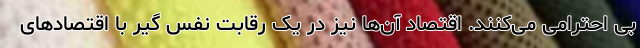
بی احترامی می‌کنند. اقتصاد آن‌ها نیز در یک رقابت نفس گیر با اقتصاد‌های